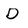
Character: D